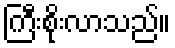
ကြီးစိုးလာသည်။